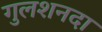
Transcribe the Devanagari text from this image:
गुलशनदा